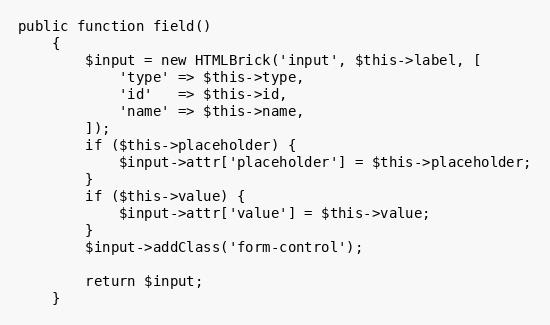
Language: PHP
public function field()
    {
        $input = new HTMLBrick('input', $this->label, [
            'type' => $this->type,
            'id'   => $this->id,
            'name' => $this->name,
        ]);
        if ($this->placeholder) {
            $input->attr['placeholder'] = $this->placeholder;
        }
        if ($this->value) {
            $input->attr['value'] = $this->value;
        }
        $input->addClass('form-control');

        return $input;
    }